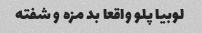
لوبیا پلو واقعا بد مزه و شفته